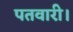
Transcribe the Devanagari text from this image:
पतवारी।